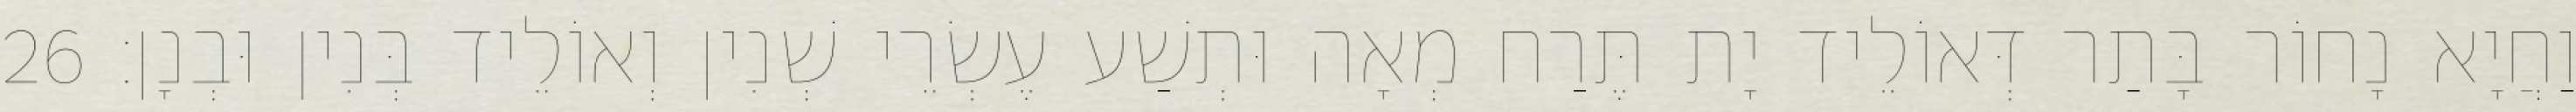
וַחֲיָא נָחוֹר בָּתַר דְּאוֹלֵיד יָת תֶּרַח מְאָה וּתְשַׁע עֶשְׂרֵי שְׁנִין וְאוֹלֵיד בְּנִין וּבְנָן׃ 26